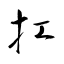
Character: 扛